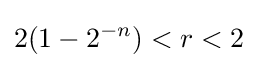
2(1-2^{-n})<r<2